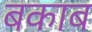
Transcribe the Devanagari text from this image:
बकाब